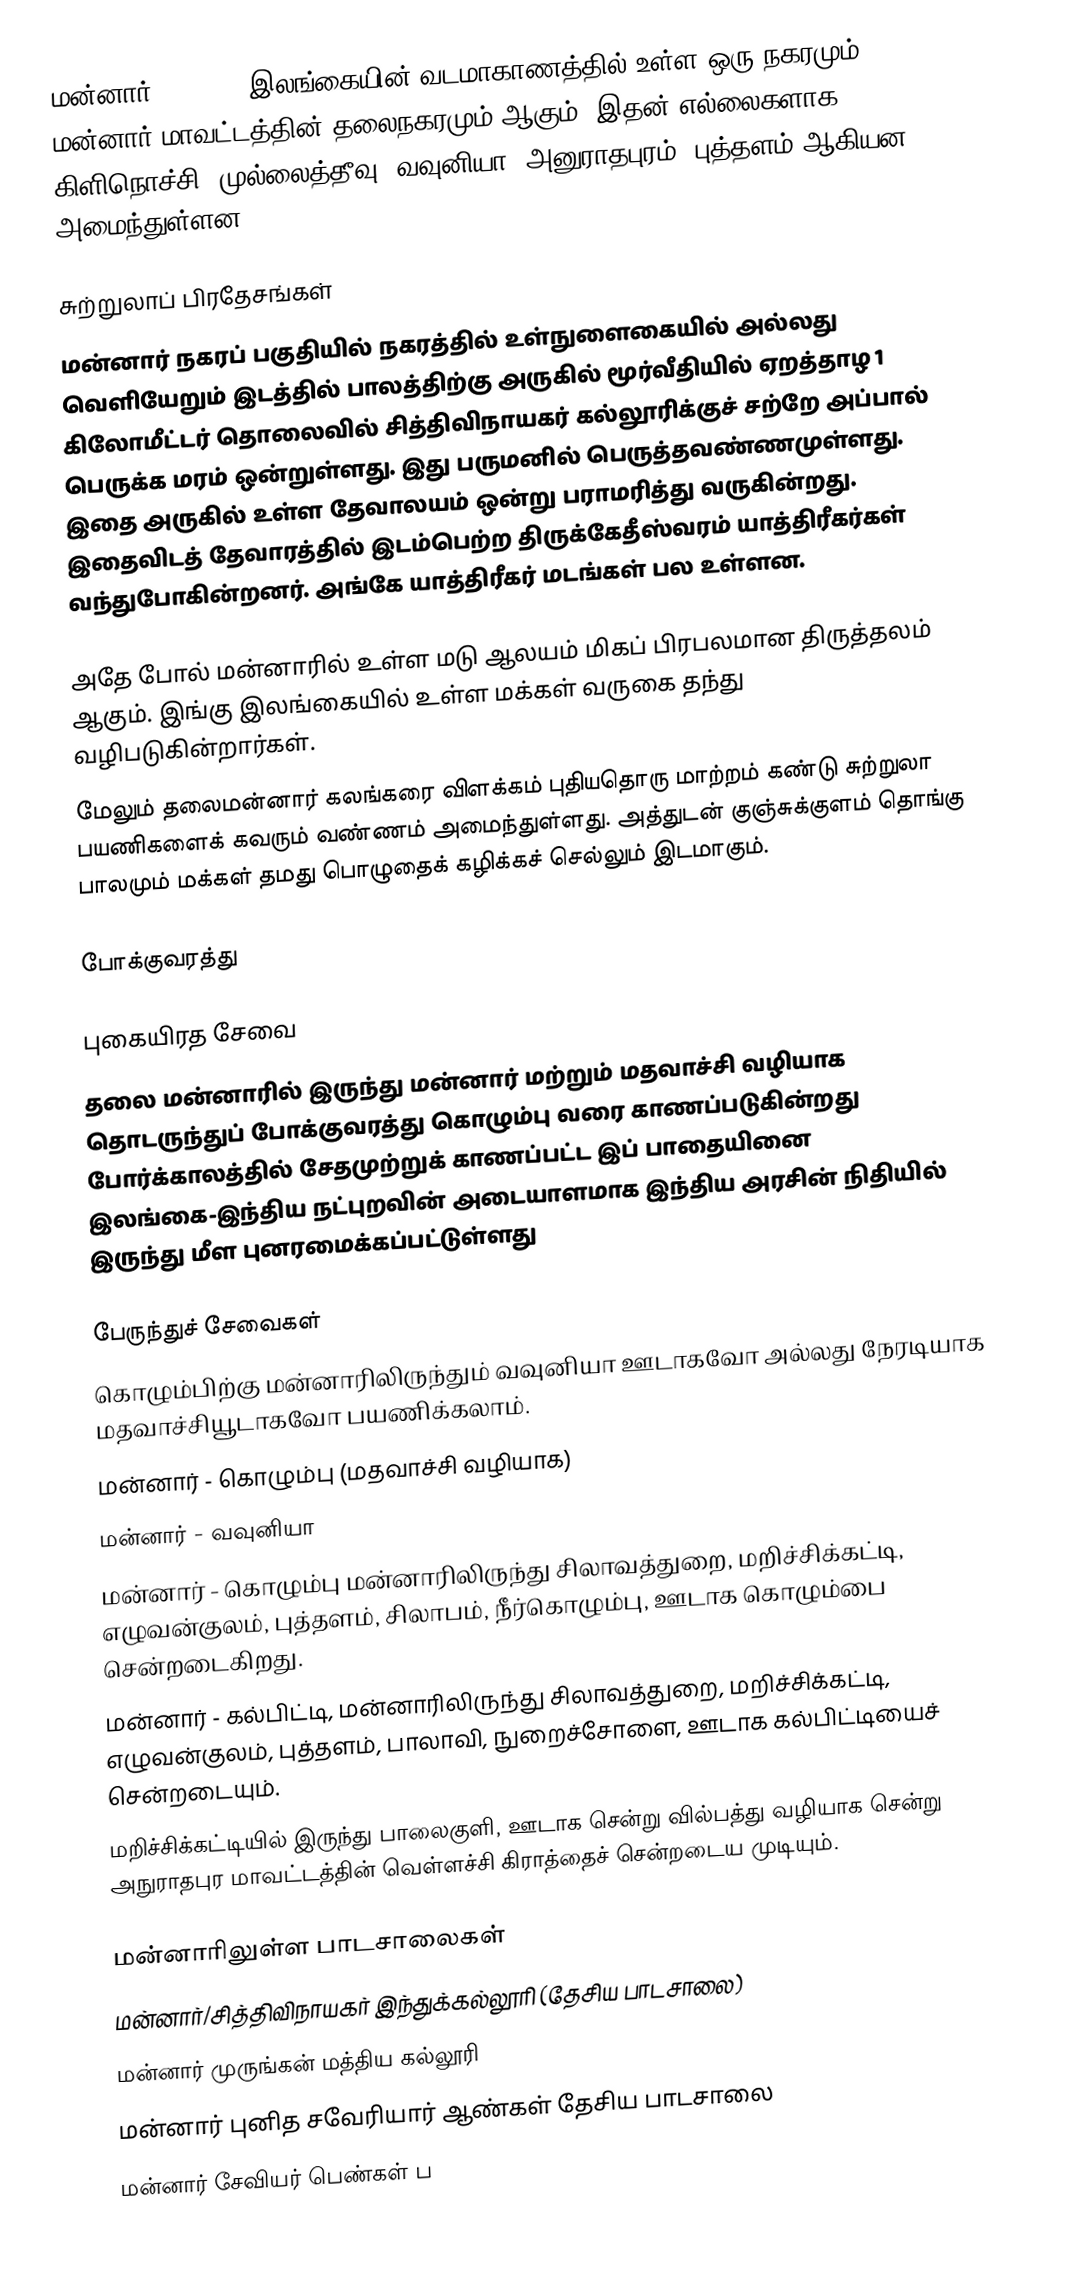
மன்னார் (Mannar) இலங்கையின் வடமாகாணத்தில் உள்ள ஒரு நகரமும், மன்னார் மாவட்டத்தின் தலைநகரமும் ஆகும். இதன் எல்லைகளாக கிளிநொச்சி, முல்லைத்தீவு, வவுனியா, அனுராதபுரம், புத்தளம் ஆகியன அமைந்துள்ளன.

சுற்றுலாப் பிரதேசங்கள்
மன்னார் நகரப் பகுதியில் நகரத்தில் உள்நுளைகையில் அல்லது வெளியேறும் இடத்தில் பாலத்திற்கு அருகில் மூர்வீதியில் ஏறத்தாழ 1 கிலோமீட்டர் தொலைவில் சித்திவிநாயகர் கல்லூரிக்குச் சற்றே அப்பால் பெருக்க மரம் ஒன்றுள்ளது. இது பருமனில் பெருத்தவண்ணமுள்ளது. இதை அருகில் உள்ள தேவாலயம் ஒன்று பராமரித்து வருகின்றது. இதைவிடத் தேவாரத்தில் இடம்பெற்ற திருக்கேதீஸ்வரம்  யாத்திரீகர்கள் வந்துபோகின்றனர். அங்கே யாத்திரீகர் மடங்கள் பல உள்ளன.

அதே போல் மன்னாரில் உள்ள மடு ஆலயம் மிகப் பிரபலமான திருத்தலம் ஆகும். இங்கு இலங்கையில் உள்ள மக்கள் வருகை தந்து வழிபடுகின்றார்கள்.
மேலும் தலைமன்னார் கலங்கரை விளக்கம் புதியதொரு மாற்றம் கண்டு சுற்றுலா பயணிகளைக் கவரும் வண்ணம் அமைந்துள்ளது. அத்துடன் குஞ்சுக்குளம் தொங்கு பாலமும் மக்கள் தமது பொழுதைக் கழிக்கச் செல்லும் இடமாகும்.

போக்குவரத்து

புகையிரத சேவை
தலை மன்னாரில் இருந்து மன்னார் மற்றும் மதவாச்சி வழியாக தொடருந்துப் போக்குவரத்து கொழும்பு வரை காணப்படுகின்றது போர்க்காலத்தில் சேதமுற்றுக் காணப்பட்ட இப் பாதையினை இலங்கை-இந்திய நட்புறவின் அடையாளமாக இந்திய அரசின் நிதியில் இருந்து மீள புனரமைக்கப்பட்டுள்ளது

பேருந்துச் சேவைகள்
கொழும்பிற்கு மன்னாரிலிருந்தும் வவுனியா ஊடாகவோ அல்லது நேரடியாக மதவாச்சியூடாகவோ பயணிக்கலாம்.
மன்னார் - கொழும்பு (மதவாச்சி வழியாக)
மன்னார் - வவுனியா
மன்னார் - கொழும்பு மன்னாரிலிருந்து சிலாவத்துறை, மறிச்சிக்கட்டி, எழுவன்குலம், புத்தளம், சிலாபம், நீர்கொழும்பு, ஊடாக  கொழும்பை சென்றடைகிறது.
மன்னார் - கல்பிட்டி, மன்னாரிலிருந்து சிலாவத்துறை, மறிச்சிக்கட்டி, எழுவன்குலம், புத்தளம், பாலாவி, நுறைச்சோளை, ஊடாக கல்பிட்டியைச் சென்றடையும்.
மறிச்சிக்கட்டியில் இருந்து பாலைகுளி, ஊடாக சென்று வில்பத்து வழியாக சென்று அநுராதபுர மாவட்டத்தின் வெள்ளச்சி கிராத்தைச் சென்றடைய முடியும்.

மன்னாரிலுள்ள பாடசாலைகள்
 மன்னார்/சித்திவிநாயகர் இந்துக்கல்லூரி (தேசிய பாடசாலை)
 மன்னார் முருங்கன் மத்திய கல்லூரி
 மன்னார் புனித சவேரியார் ஆண்கள் தேசிய பாடசாலை
 மன்னார் சேவியர் பெண்கள் ப